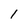
Character: 1